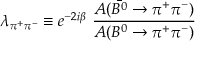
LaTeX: \lambda _ { \pi ^ { + } \pi ^ { - } } \equiv e ^ { - 2 i \beta } ~ \frac { A ( \bar { B ^ { 0 } } \to \pi ^ { + } \pi ^ { - } ) } { A ( B ^ { 0 } \to \pi ^ { + } \pi ^ { - } ) }